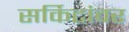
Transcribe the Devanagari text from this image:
सर्किटांवर